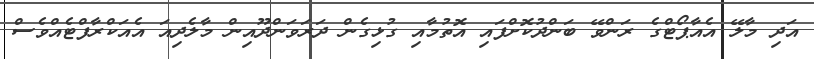
އަދި މާލޭ އެއާޕޯޓްގެ ރަންވޭ ބަންދުކޮށްފައި އޮތުމާއި ގުޅިގެން ދަރަވަންދޫއިން މާލެދިއަ އެއަކްރާފްޓެއްވެސް